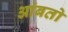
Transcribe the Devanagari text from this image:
आंबतो